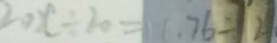
2 0 x \div 2 0 = 1 1 . 7 6 \div 2